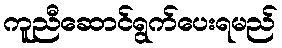
ကူညီဆောင်ရွက်ပေးရမည်